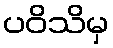
ပဝိသိမှ